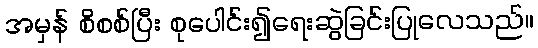
အမှန် စိစစ်ပြီး စုပေါင်း၍ရေးဆွဲခြင်းပြုလေသည်။